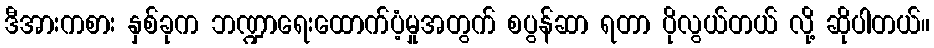
ဒီအားကစား နှစ်ခုက ဘဏ္ဍာရေးထောက်ပံ့မှုအတွက် စပွန်ဆာ ရတာ ပိုလွယ်တယ် လို့ ဆိုပါတယ်။